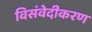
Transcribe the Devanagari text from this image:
विसंवेदीकरण